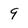
Character: 9